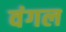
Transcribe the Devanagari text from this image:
वंगल